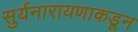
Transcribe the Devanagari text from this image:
सुर्यनारायणाकडून